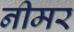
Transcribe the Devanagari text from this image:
नीमर